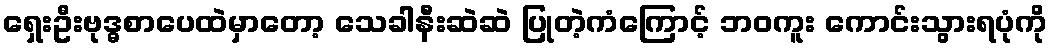
ရှေးဦးဗုဒ္ဓစာပေထဲမှာတော့ သေခါနီးဆဲဆဲ ပြုတဲ့ကံကြောင့် ဘဝကူး ကောင်းသွားရပုံကို